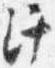
汗